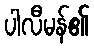
ပါလီမန်၏